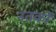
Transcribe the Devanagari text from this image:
नतर्कों